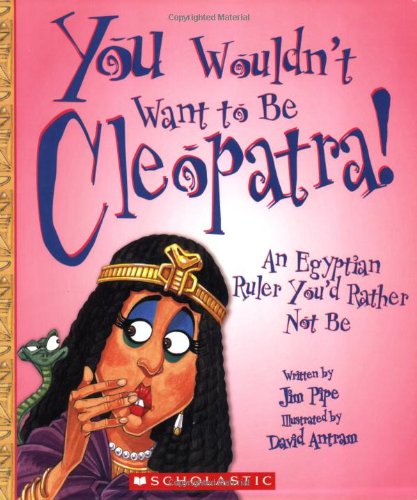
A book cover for You Wouldn't Want to Be Cleopatra!: An Egyptian Ruler You'd Rather Not Be; Jim Pipe; Children's Books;